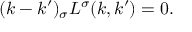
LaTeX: ( k - k ^ { \prime } ) _ { \sigma } L ^ { \sigma } ( k , k ^ { \prime } ) = 0 .